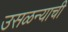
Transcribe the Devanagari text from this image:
उसळन्याची